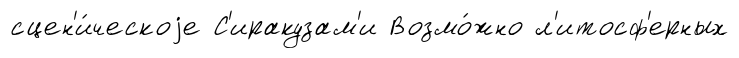
сцен'и́ческоjе С'иракузам'и Возмо́жно л'итосф'ерных